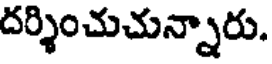
దర్శించుచున్నారు.